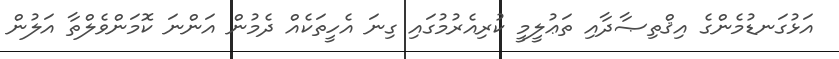
އަޅުގަނޑުމެންގެ އިޤްތިޞާދާއި ތަޢުލީމީ ކުރިއެރުމުގައި ގިނަ އެހީތަކެއް ދެމުން އަންނަ ކޮމަންވެލްތާ އަލުން